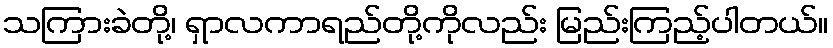
သကြားခဲတို့၊ ရှာလကာရည်တို့ကိုလည်း မြည်းကြည့်ပါတယ်။